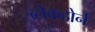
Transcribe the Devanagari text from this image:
ब्लेंकहोर्न